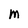
Character: m